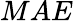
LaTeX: MAE